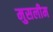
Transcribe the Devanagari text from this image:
मुसलीम